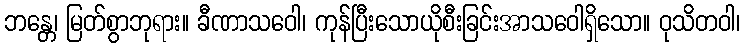
ဘန္တေ၊ မြတ်စွာဘုရား။ ခီဏာသဝေါ၊ ကုန်ပြီးသောယိုစီးခြင်းအာသဝေါရှိသော။ ဝုသိတဝါ၊